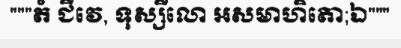
"""តំ ជីវេ, ទុស្សីលោ អសមាហិតោ;ឯ"""